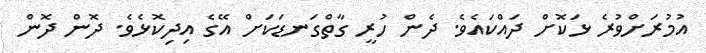
އުމުރަށްވުރެ ޅަކޮށް ދައްކައެވެ. ދެން ހުރީ ގާތްގަނޑަކަށް އޭގެ އިދިކޮޅެވެ. ދޮން ދޮން